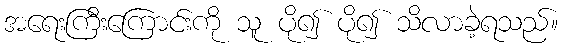
အရေးကြီးကြောင်းကို သူ ပို၍ ပို၍ သိလာခဲ့ရသည်။